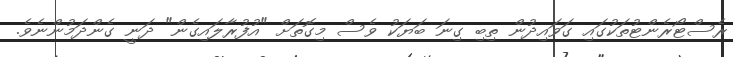
ރެސްޓޯރެންޓުތަކުގައި ގަވައިދުން ތިބި ގިނަ ބަޔަކު ވެސް މިގޮތަށް "އުފުރާލައިގެން" ދަނީ ގެންދަމުންނެވެ.